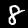
Label: 8